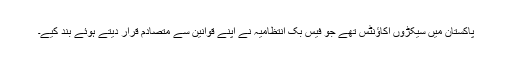
پاکستان میں سیکڑوں اکاؤنٹس تھے جو فیس بک انتظامیہ نے اپنے قوانین سے متصادم قرار دیتے ہوئے بند کیے۔